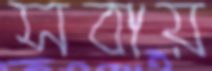
সবায়